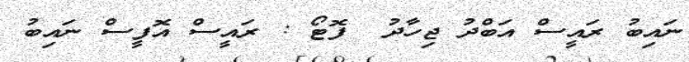
ނައިބު ރައީސް އަބްދު ޖިހާދު  ފޮޓޯ : ރައީސް އޮފީސް ނައިބު